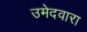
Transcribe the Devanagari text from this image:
उमेदवारा